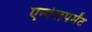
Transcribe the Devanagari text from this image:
एन्वेलपमेंट